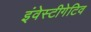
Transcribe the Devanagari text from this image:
इंवेस्टीगेटिव